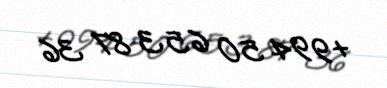
+994 50 653 87 36